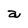
Character: a